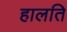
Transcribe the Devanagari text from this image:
हालति